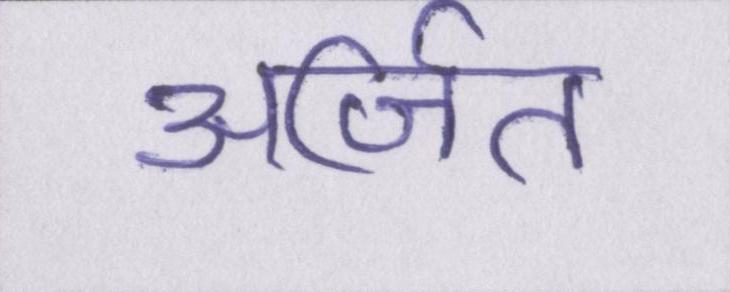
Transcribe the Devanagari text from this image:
अर्जित